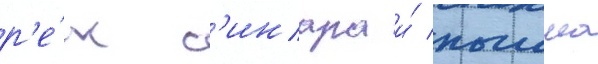
р'е́к с'инара и́ пышма